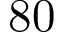
8 0